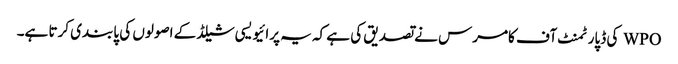
WPO کی ڈپارٹمنٹ آف کامرس نے تصدیق کی ہے کہ یہ پرائیویسی شیلڈ کے اصولوں کی پابندی کرتا ہے۔